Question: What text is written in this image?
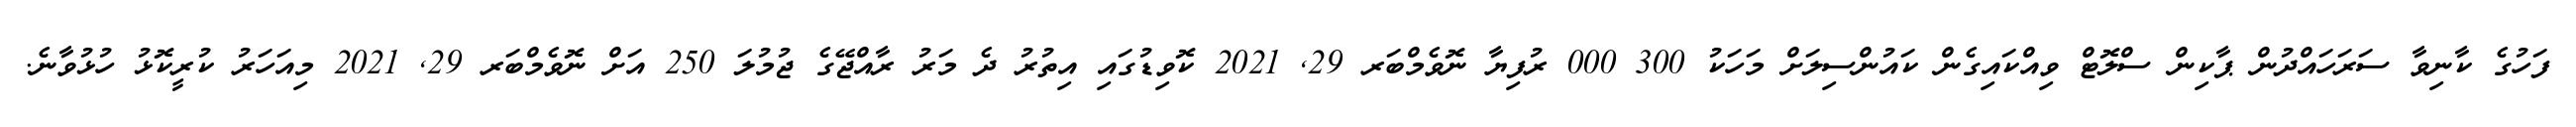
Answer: ފަހުގެ ކާނިވާ ސަރަހައްދުން ޕާކިން ސްލޮޓް ވިއްކައިގެން ކައުންސިލަށް މަހަކު 300 000 ރުފިޔާ ނޮވެމްބަރ 29, 2021 ކޮވިޑުގައި އިތުރު ދެ މަރު ރާއްޖޭގެ ޖުމުލަ 250 އަށް ނޮވެމްބަރ 29, 2021 މިއަހަރު ކުރީކޮޅު ހުޅުވާނެ.